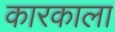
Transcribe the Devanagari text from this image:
कारकाला